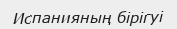
Испанияның бірігуі